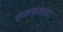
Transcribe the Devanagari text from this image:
समावयवता।